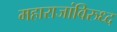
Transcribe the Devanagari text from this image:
महाराजांविरुध्द